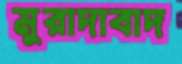
মুরাদাবাদ